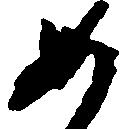
如